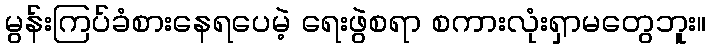
မွန်းကြပ်ခံစားနေရပေမဲ့ ရေးဖွဲစရာ စကားလုံးရှာမတွေဘူး။